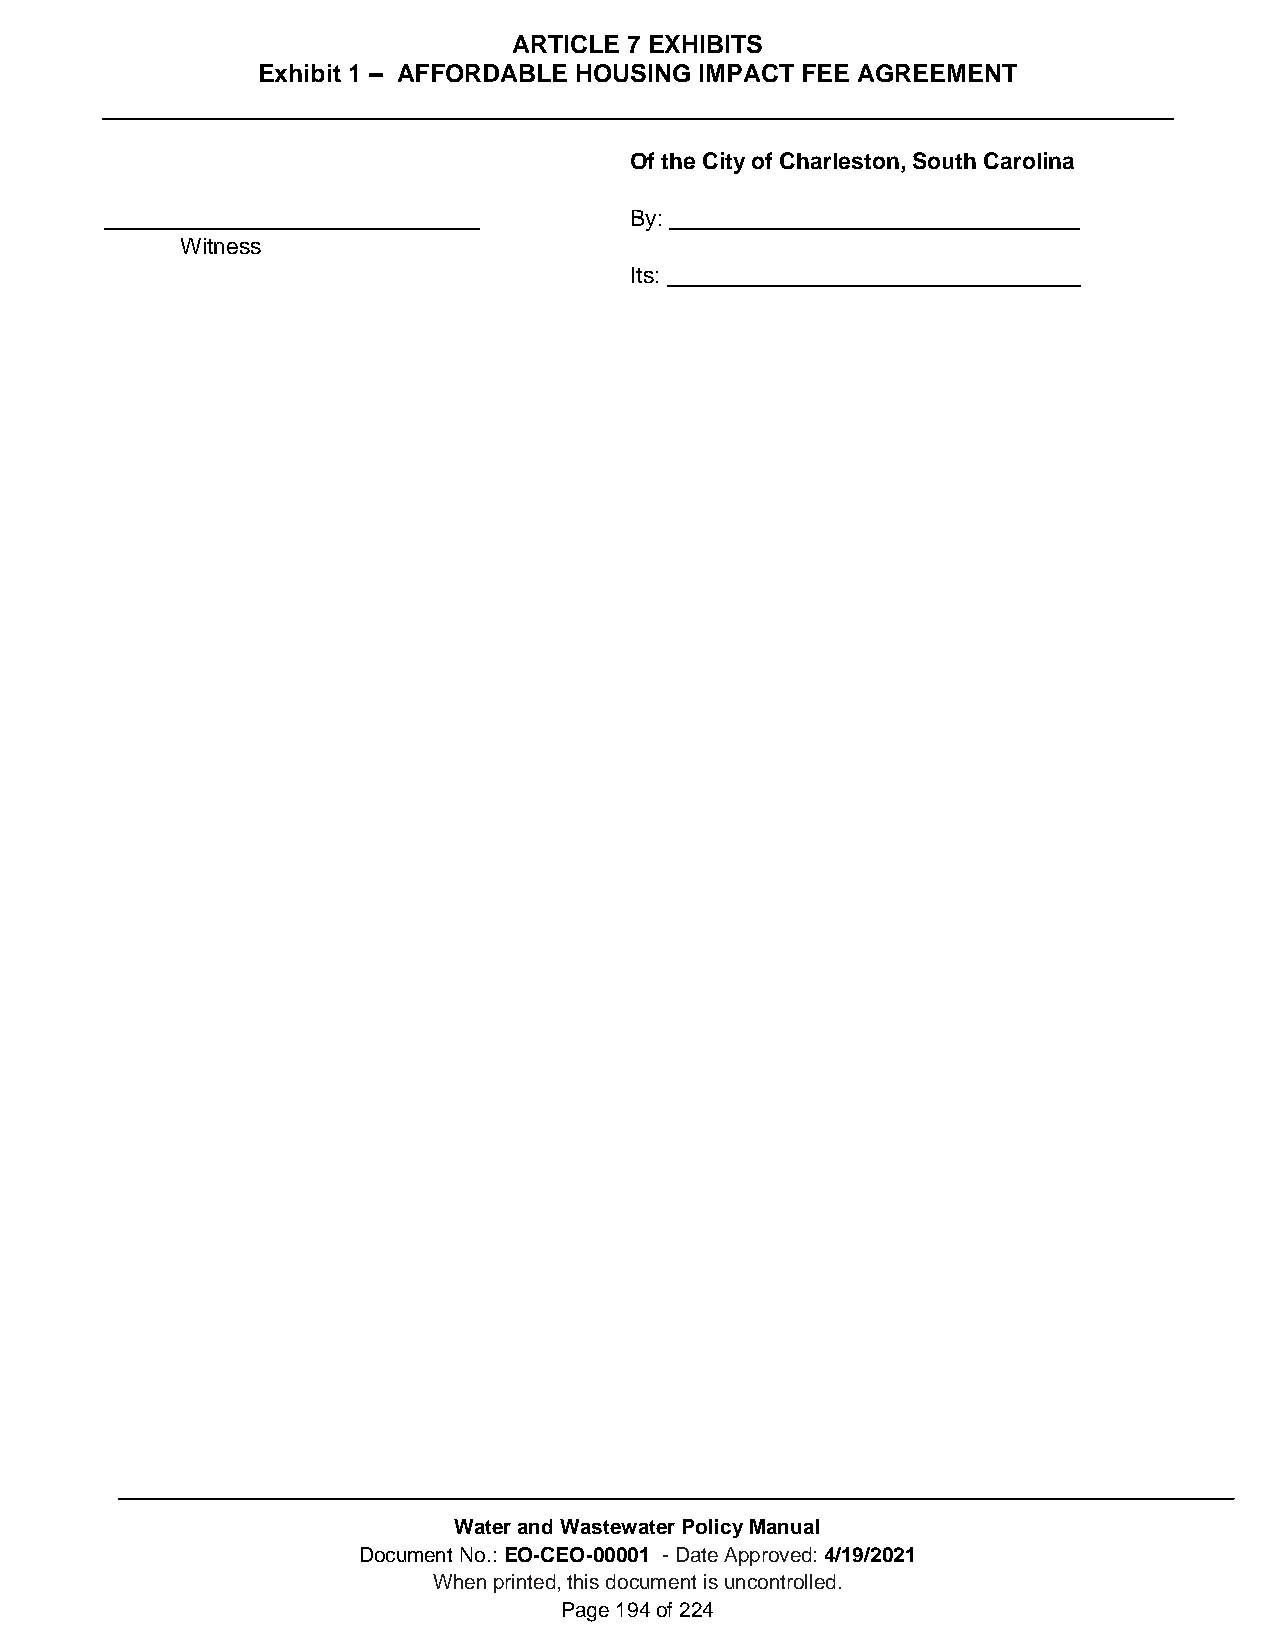
ARTICLE 7 EXHIBITS
 Exhibit 1 – AFFORDABLE HOUSING IMPACT FEE AGREEMENT
 Of the City of Charleston, South Carolina
 By:
 Witness
 Its:
 Water and Wastewater Policy Manual
 Document No.: EO-CEO-00001 - Date Approved: 4/19/2021
 When printed, this document is uncontrolled.
 Page 194 of 224